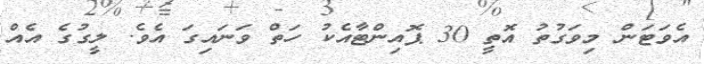
އެވަޓަން މިވަގުތު އޮތީ 30 ޕޮއިންޓާއެކު ހަތް ވަނައިގަ އެވެ. ލީގުގެ އެއް